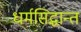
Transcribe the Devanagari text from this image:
धर्मसिद्धान्त